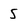
Character: 5